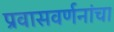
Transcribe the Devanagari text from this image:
प्रवासवर्णनांचा